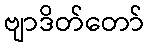
ဗျာဒိတ်တော်